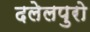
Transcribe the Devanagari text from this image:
दलेलपुरो